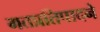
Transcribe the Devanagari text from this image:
मतप्रतिपादने